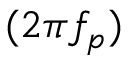
( 2 \pi f _ { p } )